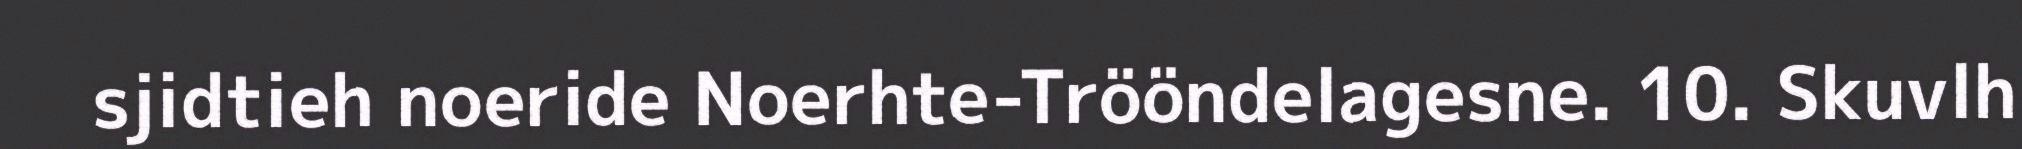
sjidtieh noeride Noerhte-Trööndelagesne. 10. Skuvlh